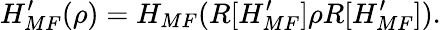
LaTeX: H_{MF}^{\prime}(\rho)=H_{MF}(R[H_{MF}^{\prime}]\rho R[H_{MF}^{\prime}]).